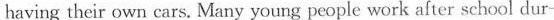
having their own cars. Many young people work after school dur-